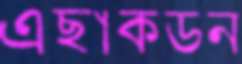
এছাকডন